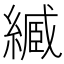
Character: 𦄤